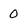
Character: 0